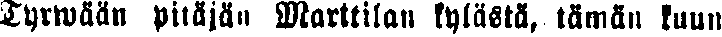
Tyrwään pitäjän Marttilan kylästä, tämän kuun